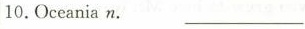
10.Oceanian. __________